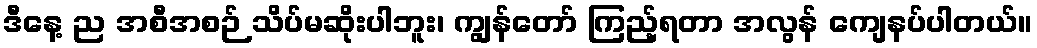
ဒီနေ့ ည အစီအစဉ် သိပ်မဆိုးပါဘူး၊ ကျွန်တော် ကြည့်ရတာ အလွန် ကျေနပ်ပါတယ်။